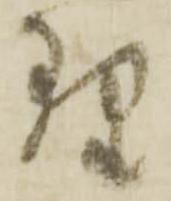
理